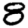
Digit: 8